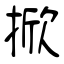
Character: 掀